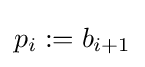
p_{i}:=b_{i+1}